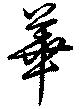
華